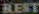
REST